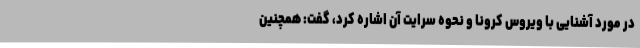
در مورد آشنایی با ویروس کرونا و نحوه سرایت آن اشاره کرد، گفت: همچنین